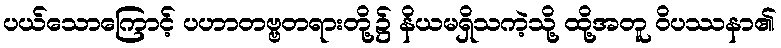
ပယ်သောကြောင့် ပဟာတဗ္ဗတရားတို့၌ နိယမရှိသကဲ့သို့ ထို့အတူ ဝိပဿနာ၏